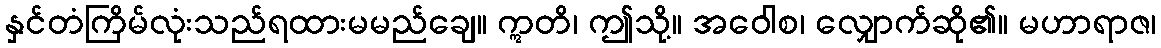
နှင်တံကြိမ်လုံးသည်ရထားမမည်ချေ။ ဣတိ၊ ဤသို့။ အဝေါစ၊ လျှောက်ဆို၏။ မဟာရာဇ၊